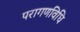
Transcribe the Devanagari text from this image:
परागणविधि